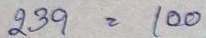
239 = 100